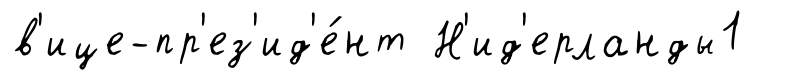
в'ице-пр'ез'ид'е́нт Н'ид'ерланды1